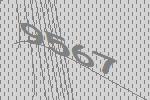
9567